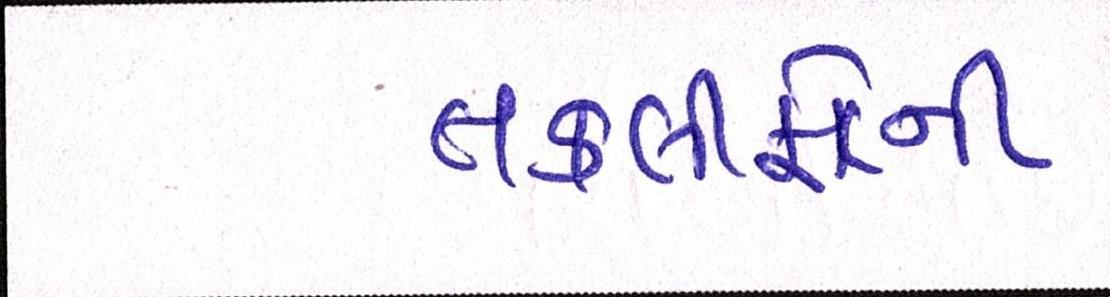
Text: તકલીફોની